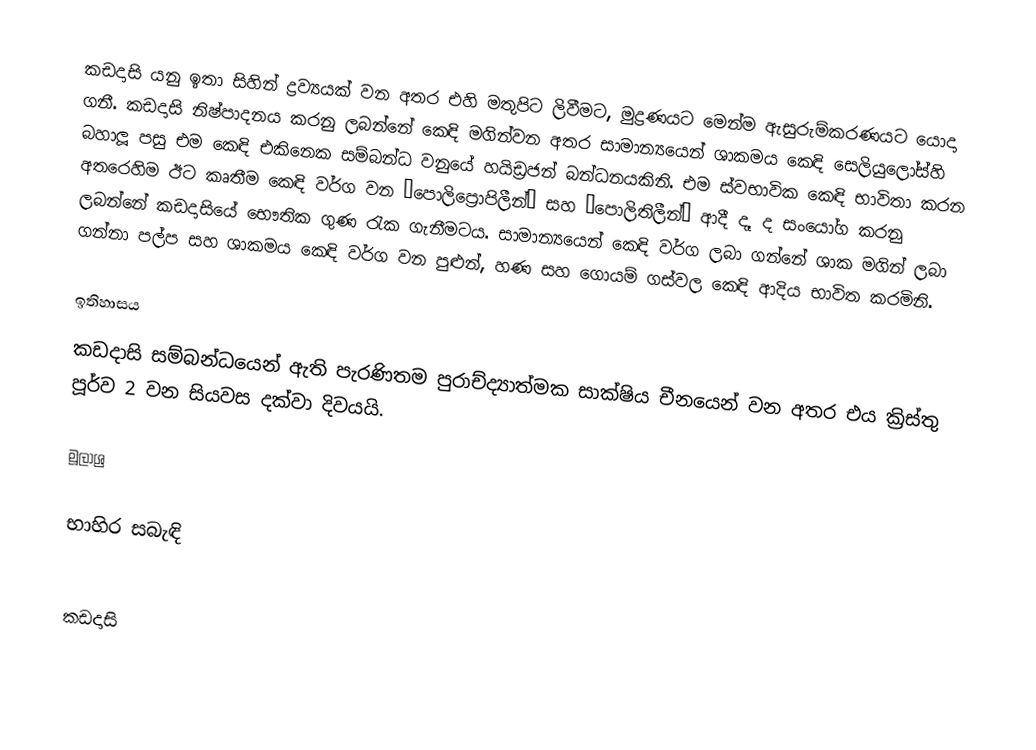
කඩදාසි යනු ඉතා සිහින් ද්‍රව්‍යයක් වන අතර එහි මතුපිට ලිවීමට, මුද්‍රණයට මෙන්ම ඇසුරුම්කරණයට යොදා ගනී. කඩදාසි නිෂ්පාදනය කරනු ලබන්නේ කෙඳි මගින්වන අතර සාමාන්‍යයෙන් ශාකමය කෙඳි සෙලියුලෝස්හි බහාලූ පසු එම කෙඳි එකිනෙක සම්බන්ධ වනුයේ හයිඩ්‍රජන් බන්ධනයකිනි. එම ස්වභාවික කෙඳි භාවිතා කරන අතරෙහිම ඊට කෘතීම කෙඳි වර්ග වන “පොලිප්‍රොපිලීන්” සහ “පොලිතිලීන්” ආදී දෑ ද සංයෝග කරනු ලබන්නේ කඩදාසියේ භෞතික ගුණ රැක ගැනීමටය. සාමාන්‍යයෙන් කෙඳි වර්ග ලබා ගන්නේ ශාක මගින් ලබා ගන්නා පල්ප සහ ශාකමය කෙඳි වර්ග වන පුළුන්, හණ සහ ගොයම් ගස්වල කෙඳි ආදිය භාවිත කරමිනි.

ඉතිහාසය
කඩදාසි සම්බන්ධයෙන් ඇති පැරණිතම පුරාච්ද්‍යාත්මක සාක්ෂිය චීනයෙන් වන අතර එය ක්‍රිස්තු පූර්ව 2 වන සියවස දක්වා දිවයයි.

මූලාශ්‍ර

භාහිර සබැඳි

කඩදාසි